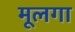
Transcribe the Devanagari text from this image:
मूलगा